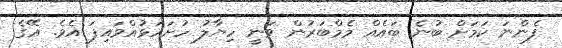
ފެންނަ ކަމަށް ބުނެ ބައެއް މެމްބަރުން ވަނީ ހިޔާލު ހުށަހަޅުއްވައިފަ އެވެ. އޭގެ